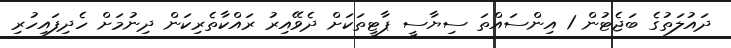
ދައުލަތުގެ ބަޖެޓުން 1 އިންސައްތަ ސިޔާސީ ޕާޓީތަކަށް ދެވޭއިރު ރައްކާތެރިކަން ދިނުމަށް ހެދިފައިހުރި